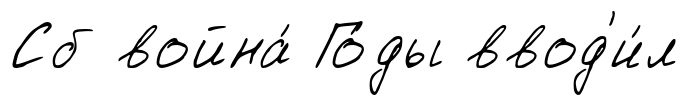
Сб война́ Го́ды ввод'и́л